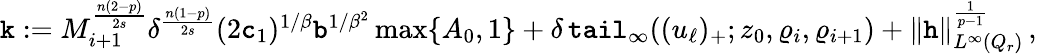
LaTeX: \begin{array}{r}{\texttt{k}:=M_{i+1}^{\frac{n(2-p)}{2s}}\delta^{\frac{n(1-p)}{2s}}(2\texttt{c}_{1})^{1/\beta}\texttt{b}^{1/\beta^{2}}\operatorname*{max}\{ A_{0},1\} +\delta\, \textup{\texttt{tail}}_{\infty}((u_{\ell})_{+};z_{0},\varrho_{i},\varrho_{i+1})+\| \textup{\texttt{h}}\| _{L^{\infty}(Q_{r})}^{\frac{1}{p-1}}\, ,}\end{array}